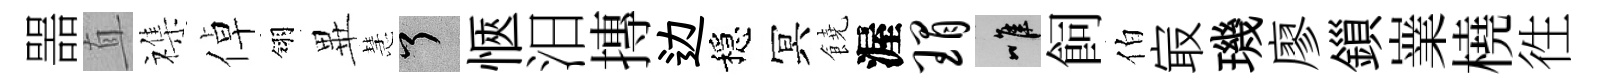
噐直襍倬翎𭺾慧了愜汨摶边穩冥饒渥瑁唯飼伯㝡璣廖鎻嶪橈徃